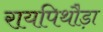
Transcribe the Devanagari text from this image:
रायपिथौड़ा